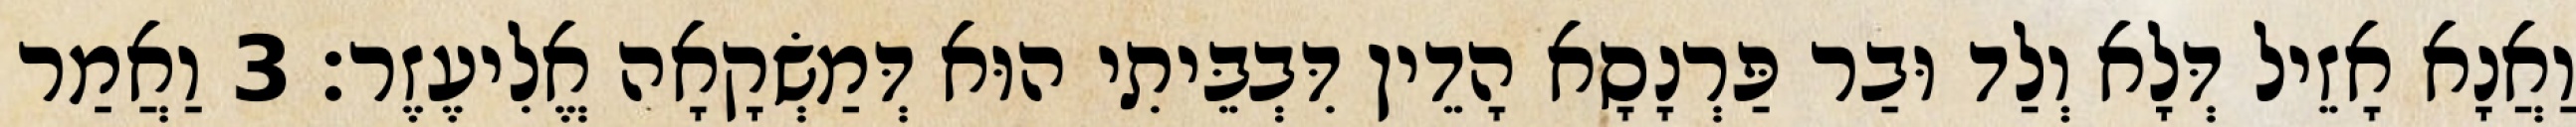
וַאֲנָא אָזֵיל דְּלָא וְלַד וּבַר פַּרְנָסָא הָדֵין דִּבְבֵּיתִי הוּא דְּמַשְׂקָאָה אֱלִיעֶזֶר׃ 3 וַאֲמַר